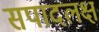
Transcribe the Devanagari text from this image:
सपादलक्ष